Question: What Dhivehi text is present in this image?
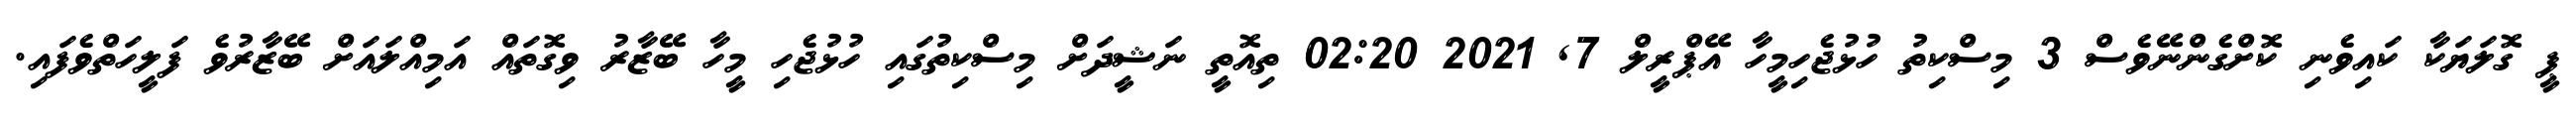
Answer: ޕީ ގޮލަޔަކާ ކައިވެނި ކޮށްގެންނޭވެސް 3 މިސްކިތު ހުޅުޖެހިމީހާ އޭޕްރީލް 7, 2021 02:20 ތިއޮތީ ނަޝީދަށް މިސްކިތުގައި ހުޅުޖެހި މީހާ ބޭޒާރު ވިގޮތައް އަމިއްލައަށް ބޭޒާރުވެ ފަލީހަތްވެފައި.